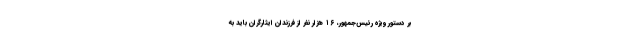
بر دستور ویژه رئیس‌جمهور، ۱۶ هزار نفر از فرزندان ایثارگران باید به